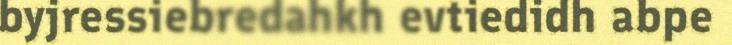
byjressiebredahkh evtiedidh abpe